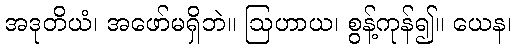
အဒုတိယံ၊ အဖော်မရှိဘဲ။ ဩဟာယ၊ စွန့်ကုန်၍။ ယေန၊